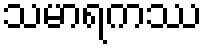
သမာရကဿ